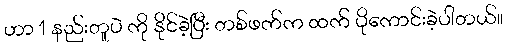
ဟာ 1 နည်းတူပဲ ကို နိုင်ခဲ့ပြီး တစ်ဖက်က ထက် ပိုကောင်းခဲ့ပါတယ်။